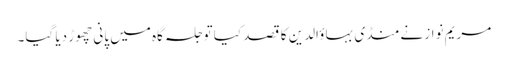
مریم نواز نے منڈی بہاؤالدین کا قصد کیا تو جلسہ گاہ میں پانی چھوڑ دیا گیا۔